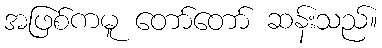
အဖြစ်ကမူ တော်တော် ဆန်းသည်။